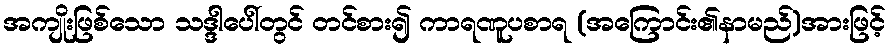
အကျိုးဖြစ်သော သဒ္ဒါပေါ်တွင် တင်စား၍ ကာရဏူပစာရ (အကြောင်း၏နာမည်)အားဖြင့်